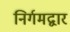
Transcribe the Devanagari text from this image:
निर्गमद्वार